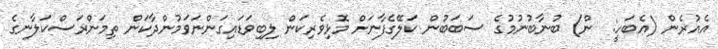
އެއުރެން (އެބަހީ:  ން) ބުނާބުނުމުގެ ސަބަބުން ކަލޭގެފާނަށް މޮޅިވެރިކަން ލިބިވަޑައިގަންނަވަމުންދާކަން ތިމަންރަސްކަލާނގެ